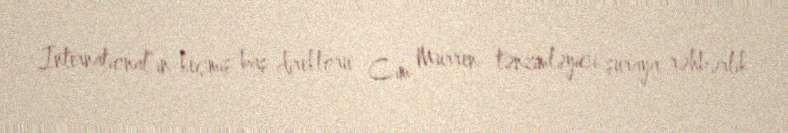
International”ın keçmiş baş direktoru Cim Murren tənzimləyici şuraya rəhbərlik